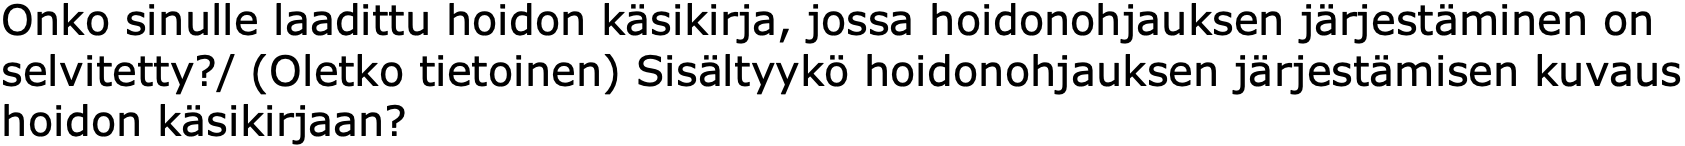
Onko sinulle laadittu hoidon käsikirja, jossa hoidonohjauksen järjestäminen on selvitetty?/ (Oletko tietoinen) Sisältyykö hoidonohjauksen järjestämisen kuvaus hoidon käsikirjaan?